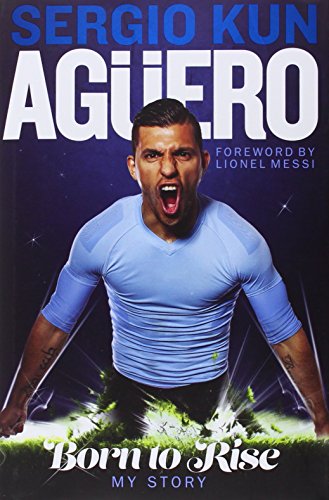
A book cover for Sergio Kun Aguero: Born to Rise - My Story; Sergio Kun Aguero; Biographies & Memoirs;